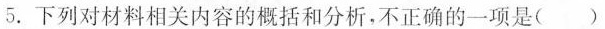
5.下列对材料相关内容的概括和分析,不正确的一项是( ）